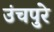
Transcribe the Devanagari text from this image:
उंचपुरे